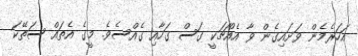
އަހަރެމެން ވަށައިގެން ވާ އެއްޗަކީ ގަސް ގަހާއި ގެއްސެވެ. މީގެ އެތައް ސަތޭކަ